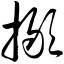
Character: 撖